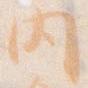
内